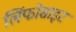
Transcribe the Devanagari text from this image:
लिंफोसाइट